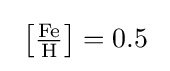
\textstyle \ \left[{\frac {\mathrm {Fe} }{\mathrm {H} }}\right]=0.5\